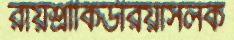
রায়শ্রীকিউরিয়াসলক